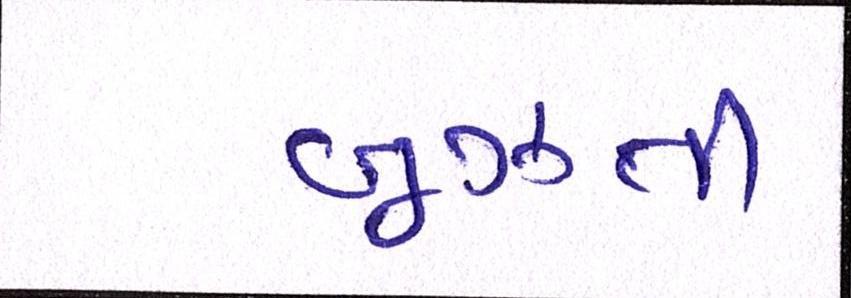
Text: બૂઝતી